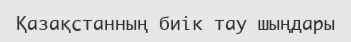
Қазақстанның биік тау шыңдары